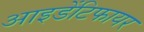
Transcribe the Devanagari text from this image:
आइडेंटिफायर